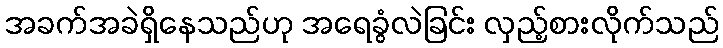
အခက်အခဲရှိနေသည်ဟု အရေခွံလဲခြင်း လှည့်စားလိုက်သည်